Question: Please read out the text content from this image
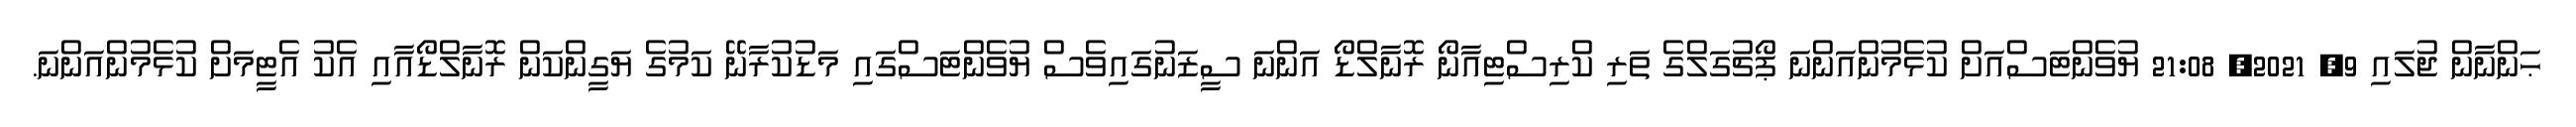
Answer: ޙަންނާން ޖުލައި 9, 2021, 21:08 ޔުވެންޓަސްއަށް ކުޅެމުންއަންނަ ޕޯޗުގަލްގެ ތަރި ކްރިސްޓިއާނޯ ރޮނާލްޑޯ އަންނަ ސީޒަނުގައިވެސް ޔުވެންޓަސްގައި މަޑުކުރާނޭ ކަމުގެ ޔަގީންކަން ރޮނާލްޑޯއާއި އެކު އެޓީމަށް ކުޅެމުންއަންނަ.